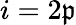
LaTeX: i=2\mathfrak{p}